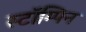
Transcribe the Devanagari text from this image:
स्टॉम्पिन